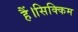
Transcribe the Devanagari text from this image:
हैं।सिक्किम